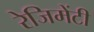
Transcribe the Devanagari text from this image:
रेजिमेंटी